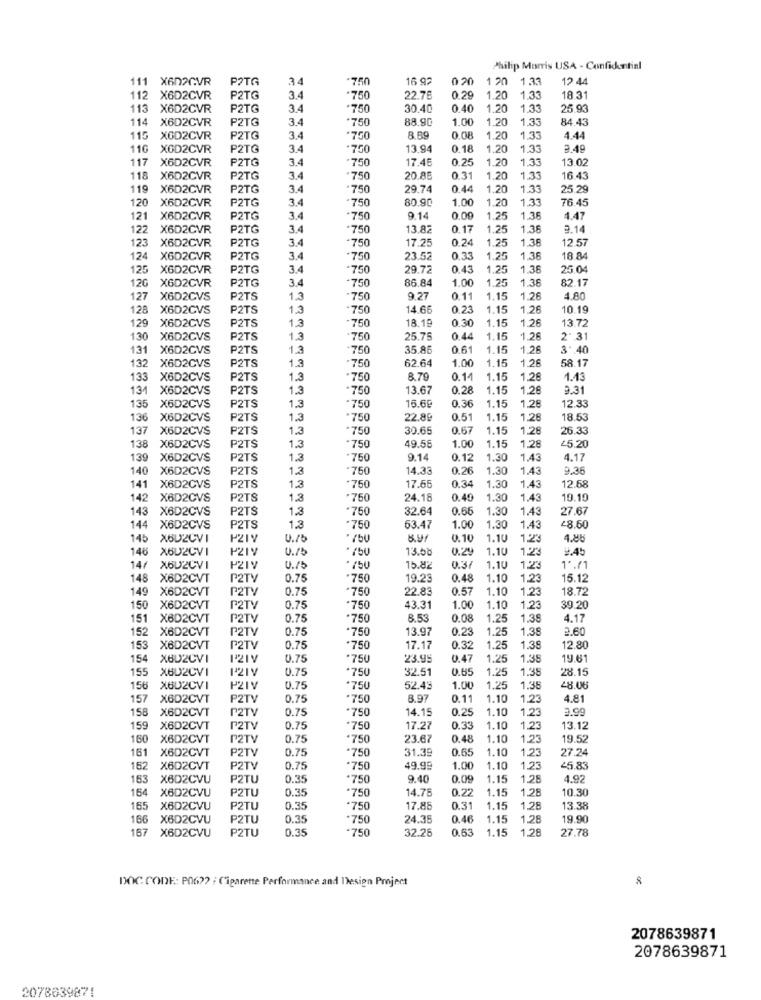
Philip Morris USA - Confidential
111 X602CVR
POTG
34
-750
16 92
020
1.20
1.33
12 4
112 X6D2CVR
P2TG
3.4
.750
22.76
0.20
1.20
1.33
18.31
113 X6D2CVR
P2TG
3.4
.750
30.40
0.40
1.20
1.33
25.93
114 X6D2CVR
P2TG
3.4
*750
88.90
1.00
1.20
1.33
84.43
115
XOD2CVR
P2TG
3.4
*750
8.89
0.08
1.20
1.33
4.44
11G
XGD2CVR
P2TG
3.4
.750
13.9
0.18
1.20
1.3
3.49
117
X6D2CVR
P2TG
3.4
750
17.45
0.25
1.20
1.33
13.02
118
X6D2CVR
P2TG
3.4
750
20.85
0.31
1.20
1.33
16.4
119
X6D2CVR
P2TG
34
750
29.74
0.44
1.20
133
25.29
120
P2TG
3.4
.750
80.90
1.00
1.20
1.33
76.45
X6D2CVR
121
X6D2CVR
P2TG
34
750
9.14
0.00
.25
1.38
4.47
122
X6D2CVR
P2TG
3.4
-750
13.82
0.17
.25
1.38
3.1
123
X6D2CVR
P2TG
3.4
750
17.25
0.24
1.25
1.3
12.57
124
X6D2CVR
P2TG
3.4
750
23.52
0.3
1.25
1.38
18.84
125
X6D2CVR
P2TG
3.4
750
29.72
0.43
.25
1.36
25.04
P2TG
3.4
750
86.84
1.00
1.25
1.38
82.17
120 X6D2CVR
127
X6D2CVS
P2TS
1.3
750
9.27
0.11
1.15
1.26
4.80
128 X6D2CVS
P2TS
1.3
750
14.66
0.2
1.15
1.26
10.19
18.1
0.30
1.15
13.72
129
X6D2CVS
P2TS
1.3
750
1.26
130
X6D2CVS
P2TS
1.3
750
25.75
0.44
1.15
1.26
2. 31
131
X6D2CVS
P2TS
1.3
750
35.86
0.6
1.15
1.28
3.40
132
P2TS
1.3
62.64
1.00
1.15
1.26
58.17
X6D2CVS
750
133
X6D2CVS
P2TS
1.3
.750
8.79
0.1
1.15
1,28
1.43
131
X6D2CVS
P2TS
1.3
750
13.67
0.28
1.15
1.26
9.31
16.69
0.36
1,28
12.33
135 X6D2CVS
P2TS
1.3
750
1.15
136
X6D2CVS
P2TS
1.3
750
22.89
0.51
1.15
1.28
18.53
137 X6D2CVS
P2TS
1.3
750
30.65
0.67
1.15
1.2
26.33
138 X6D2CVS
P2TS
1.3
750
49.58
1.00
1.15
1.28
45.20
139 X6D2CVS
P2TS
1.3
750
9.14
0.12
1.30
1,43
4.17
140
X6D2CVS
P2TS
1.3
*750
14.33
0.26
1.30
1.4
9.36
0.34
141 X6D2CVS
P2TS
1.3
750
17.65
1.30
1.43
12.68
142 X6D2CVS
P2TS
1.3
750
24.18
0.49
1.30
1.43
19.19
143
X6D2CVS
P2TS
1.3
750
32.64
0.65
1.30
1.43
27.67
144 X6D2CVS
P2TS
1.3
.750
53.4
1.00
1.30
1.4
28.60
145
X6U2CVI
P2IV
0.10
1.10
1.23
4.88
146 X6U2CVI
P2IV
U.15
13.08
0.29
1.10
1.23
9.45
14/
X6U2CVI
P2IV
0./5
15.82
0.3
1.10
1.23
1º.71
148 X6D2CVT
P2TV
0.75
.750
19.23
0.48
1.10
1.23
15.12
149 X6D2CVT
P2TV
0.75
750
22.83
0.57
1.10
1.23
18.72
150 X6D2CVT
P2TV
0.75
·750
43.31
1.00
1.10
1.23
39.20
151 X6D2CVT
P2TV
0.75
.750
8.53
0.08
1.25
1.3
4.17
152 X6D2CVT
P2TV
0.75
.750
13.9
0.2
1.25
1.38
2.60
153 X6D2CVT
P2TV
0.75
.750
17.17
0.32
1.25
1.38
12.80
154
XBU2CVI
0.75
.750
23.95
0.47
1.25
1.35
19.61
155 X8D2CVI
1.75
750
32.5
0.65
1.25
1.35
28.15
156 X602CVI
PZIV
0.75
.750
52.43
1.00
1.25
1.38
28.06
157
X6D2CVT
P2TV
0.75
.750
8.97
0.11
1.10
1.23
4.81
158 X6D2CVT
P2TV
0.75
*750
14.15
0.2
1.10
1.2
159
X6D2CVT
P2TV
0.75
'750
17.27
0.3
1.10
1.23
13.12
160
X6D2CVT
P2TV
0.75
.750
23.67
0.48
1.10
1.23
19.52
161
X6D2CVT
P2TV
0.75
.750
0.65
1.10
1,23
27.24
31.39
152
X6D2CVT
P2TV
0.75
'750
49.9
1.00
1.10
1,23
45.83
163
X6D2CVU
P2TU
0.35
.750
9.40
0.09
1.15
1.28
4.92
164
P2TU
0.35
14.75
0.22
1.15
1.28
10.30
X6D2CVU
*750
165 X602CVU
P2TU
0.35
.750
17.8
0.3
1.15
1,28
13.38
166
X6D2CVU
P2TU
0.35
.750
24.35
0.46
1.15
1.28
19.90
167 X6D2CVU
P2TU
0.35
750
32.28
0.63
1.15
1.28
27.78
DOC CODE: P06 ?? : Cigarette Performance and Design Project
2078639871
2078639871
2078639871